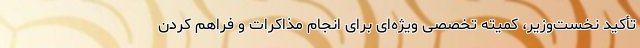
تأکید نخست‌وزیر، کمیته تخصصی ویژه‌ای برای انجام مذاکرات و فراهم کردن